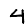
Digit: 4